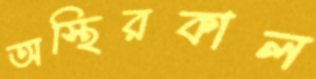
অস্থিরকাল